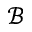
\mathcal { B }